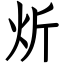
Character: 炘